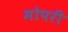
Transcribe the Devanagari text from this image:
मोपरी